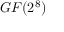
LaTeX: G F ( { 2 ^ { 8 } } )